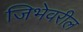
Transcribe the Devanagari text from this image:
जिभेवरील